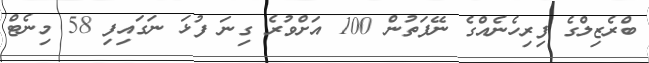
ބްރެޒިލްގެ ފިރިހެނެއްގެ ނޭފަތުން 100 އަށްވުރެ ގިނަ ފުޅަ ނަގައިފި 58 މިނެޓް